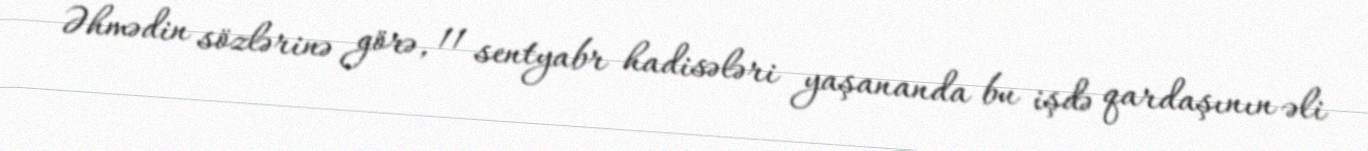
Əhmədin sözlərinə görə, 11 sentyabr hadisələri yaşananda bu işdə qardaşının əli